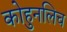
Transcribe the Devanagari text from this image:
कोहुनलिच